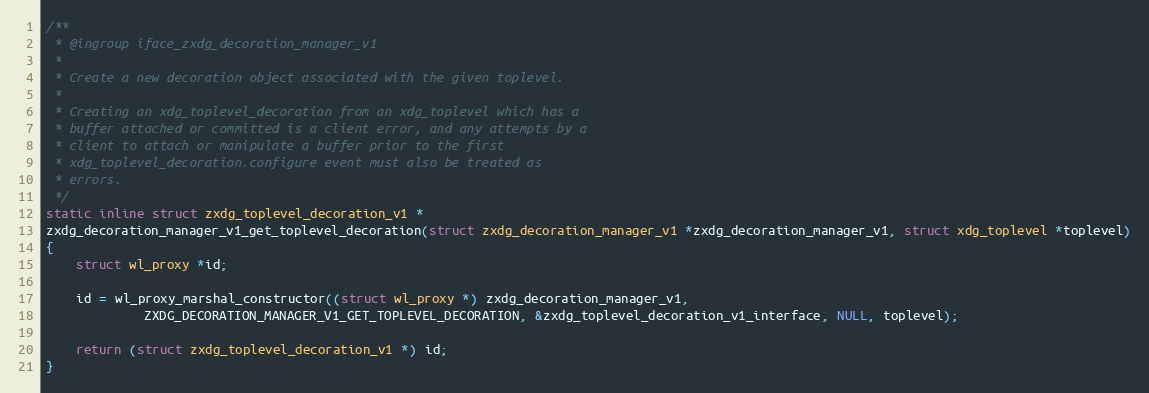
Language: C
/**
 * @ingroup iface_zxdg_decoration_manager_v1
 *
 * Create a new decoration object associated with the given toplevel.
 *
 * Creating an xdg_toplevel_decoration from an xdg_toplevel which has a
 * buffer attached or committed is a client error, and any attempts by a
 * client to attach or manipulate a buffer prior to the first
 * xdg_toplevel_decoration.configure event must also be treated as
 * errors.
 */
static inline struct zxdg_toplevel_decoration_v1 *
zxdg_decoration_manager_v1_get_toplevel_decoration(struct zxdg_decoration_manager_v1 *zxdg_decoration_manager_v1, struct xdg_toplevel *toplevel)
{
	struct wl_proxy *id;

	id = wl_proxy_marshal_constructor((struct wl_proxy *) zxdg_decoration_manager_v1,
			 ZXDG_DECORATION_MANAGER_V1_GET_TOPLEVEL_DECORATION, &zxdg_toplevel_decoration_v1_interface, NULL, toplevel);

	return (struct zxdg_toplevel_decoration_v1 *) id;
}